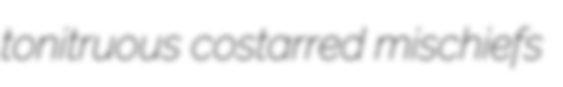
tonitruous costarred mischiefs